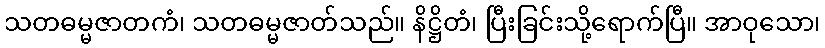
သတဓမ္မဇာတကံ၊ သတဓမ္မဇာတ်သည်။ နိဋ္ဌိတံ၊ ပြီးခြင်းသို့ရောက်ပြီ။ အာဝုသော၊